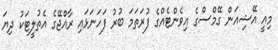
މިއީ އޭޝިއަން ގޭމްސްގެ އިިވެންޓެއްގެ ފުރަތަމަ ބުރު ފަހަނަޅައި ރާއްޖޭގެ އެތުލީޓަކު ދިޔަ